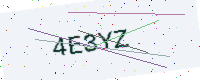
Text: 4E3YZ